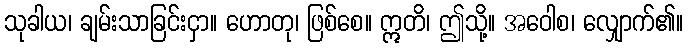
သုခါယ၊ ချမ်းသာခြင်းငှာ။ ဟောတု၊ ဖြစ်စေ။ ဣတိ၊ ဤသို့။ အဝေါစ၊ လျှောက်၏။